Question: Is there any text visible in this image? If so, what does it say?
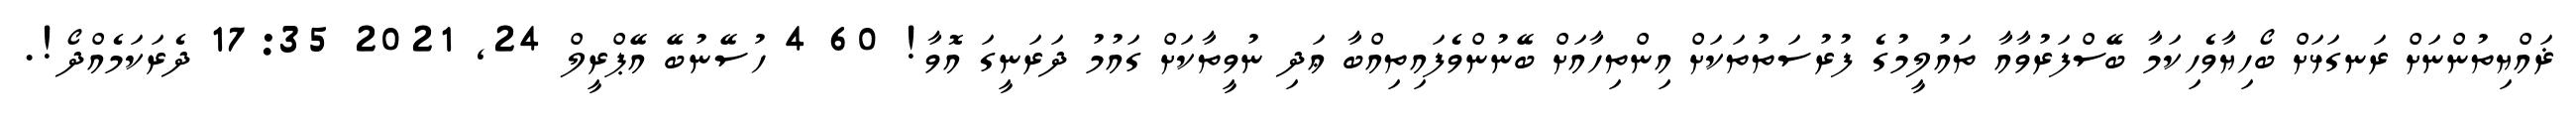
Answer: ޜައްޔިތުންނަށް ރަނގަޅަށް ބޯހިޔާވެހިކަމާ ބޭސްފަރުވާއާ ތައުލީމުގެ ފުރުސަތުތަކަށް އިންތިހާއަށް ބޭނުންވެފައިތިއްބާ ޢަދި ނުވީތާކަށް ގައުމު ދަރަނީގަ އޮވާ! 60 4 ހުސޭނުބޭ އޭޕްރީލް 24, 2021 17:35 ދެރަކަމެއްދޯ!.